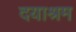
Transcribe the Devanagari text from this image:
दयाश्रम